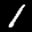
Label: 1